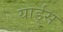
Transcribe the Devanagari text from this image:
यार्ड्‌स